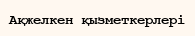
Ақжелкен қызметкерлері